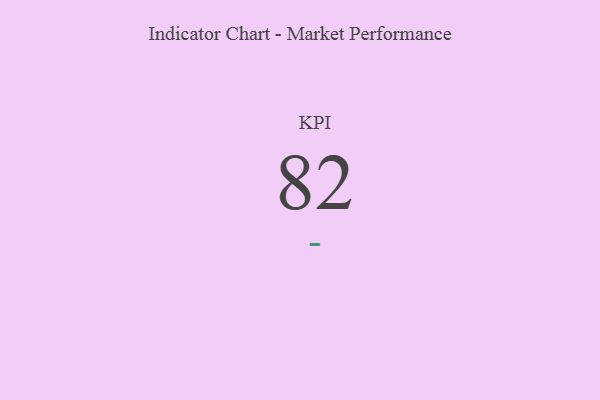
{"axis": {"x": "KPI", "y": "Value"}, "legend": [""], "data": [{"x": "KPI", "y": 82, "type": ""}]}